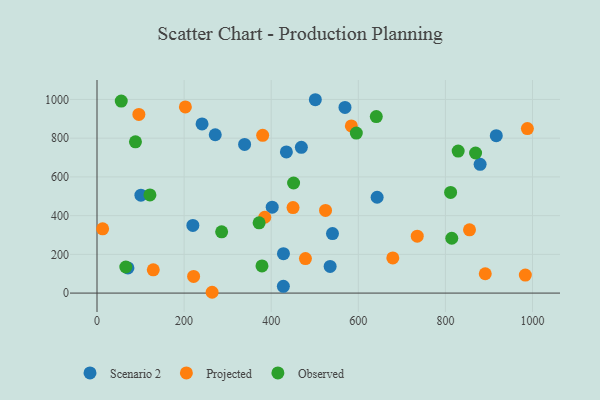
{"axis": {"x": "Study Hours", "y": "Rating"}, "legend": ["Observed", "Projected", "Scenario 2"], "data": [{"x": "569.4", "y": 958.8, "type": "Scenario 2"}, {"x": "338.9", "y": 767.6, "type": "Scenario 2"}, {"x": "916.8", "y": 812.8, "type": "Scenario 2"}, {"x": "540.7", "y": 307.4, "type": "Scenario 2"}, {"x": "71.0", "y": 129.8, "type": "Scenario 2"}, {"x": "879.7", "y": 664.8, "type": "Scenario 2"}, {"x": "643.2", "y": 494.8, "type": "Scenario 2"}, {"x": "402.3", "y": 443.4, "type": "Scenario 2"}, {"x": "501.3", "y": 998.5, "type": "Scenario 2"}, {"x": "428.1", "y": 203.5, "type": "Scenario 2"}, {"x": "535.3", "y": 137.5, "type": "Scenario 2"}, {"x": "427.9", "y": 34.8, "type": "Scenario 2"}, {"x": "271.5", "y": 817.7, "type": "Scenario 2"}, {"x": "100.8", "y": 505.8, "type": "Scenario 2"}, {"x": "434.8", "y": 729.2, "type": "Scenario 2"}, {"x": "469.2", "y": 752.8, "type": "Scenario 2"}, {"x": "220.1", "y": 349.5, "type": "Scenario 2"}, {"x": "241.2", "y": 873.7, "type": "Scenario 2"}, {"x": "735.3", "y": 293.7, "type": "Projected"}, {"x": "584.0", "y": 863.1, "type": "Projected"}, {"x": "855.3", "y": 326.9, "type": "Projected"}, {"x": "679.2", "y": 181.7, "type": "Projected"}, {"x": "891.5", "y": 99.8, "type": "Projected"}, {"x": "12.9", "y": 331.9, "type": "Projected"}, {"x": "129.2", "y": 119.9, "type": "Projected"}, {"x": "202.9", "y": 961.5, "type": "Projected"}, {"x": "524.7", "y": 426.9, "type": "Projected"}, {"x": "380.4", "y": 814.6, "type": "Projected"}, {"x": "988.2", "y": 849.6, "type": "Projected"}, {"x": "478.6", "y": 178.3, "type": "Projected"}, {"x": "96.1", "y": 922.7, "type": "Projected"}, {"x": "983.5", "y": 93.0, "type": "Projected"}, {"x": "264.3", "y": 4.2, "type": "Projected"}, {"x": "450.1", "y": 441.8, "type": "Projected"}, {"x": "221.8", "y": 85.8, "type": "Projected"}, {"x": "385.2", "y": 391.7, "type": "Projected"}, {"x": "66.1", "y": 134.8, "type": "Observed"}, {"x": "641.3", "y": 911.3, "type": "Observed"}, {"x": "286.2", "y": 316.4, "type": "Observed"}, {"x": "829.3", "y": 733.5, "type": "Observed"}, {"x": "378.8", "y": 140.2, "type": "Observed"}, {"x": "121.5", "y": 506.9, "type": "Observed"}, {"x": "372.2", "y": 362.6, "type": "Observed"}, {"x": "811.9", "y": 519.9, "type": "Observed"}, {"x": "814.6", "y": 283.2, "type": "Observed"}, {"x": "451.4", "y": 568.4, "type": "Observed"}, {"x": "55.7", "y": 991.6, "type": "Observed"}, {"x": "869.3", "y": 723.3, "type": "Observed"}, {"x": "88.3", "y": 781.0, "type": "Observed"}, {"x": "595.4", "y": 826.2, "type": "Observed"}]}